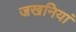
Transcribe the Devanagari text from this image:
जखनियां